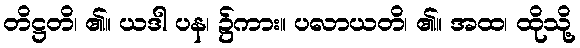
တိဋ္ဌတိ၊ ၏။ ယဒါ ပန၊ ၌ကား။ ပလာယတိ၊ ၏။ အထ၊ ထိုသို့